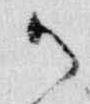
御